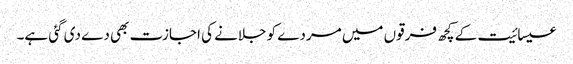
عیسائیت کے کچھ فرقوں میں مردے کو جلانے کی اجازت بھی دے دی گئی ہے۔